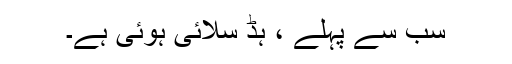
سب سے پہلے ، ہڈ سلائی ہوئی ہے۔